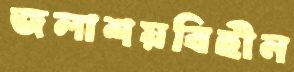
জলাশয়বিহীন